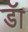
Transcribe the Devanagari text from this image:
डॅा